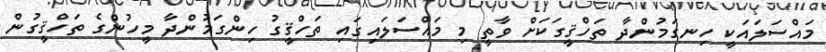
މައްސަލައަކީ ހިނގަމުންދާ ތަހްޤީގަކަށް ވާތީ މި މައްސަލައިގައި ތަހްޤީގު ހިންގަމުންދާ މީހުންގެ ތަހްޤީގުން